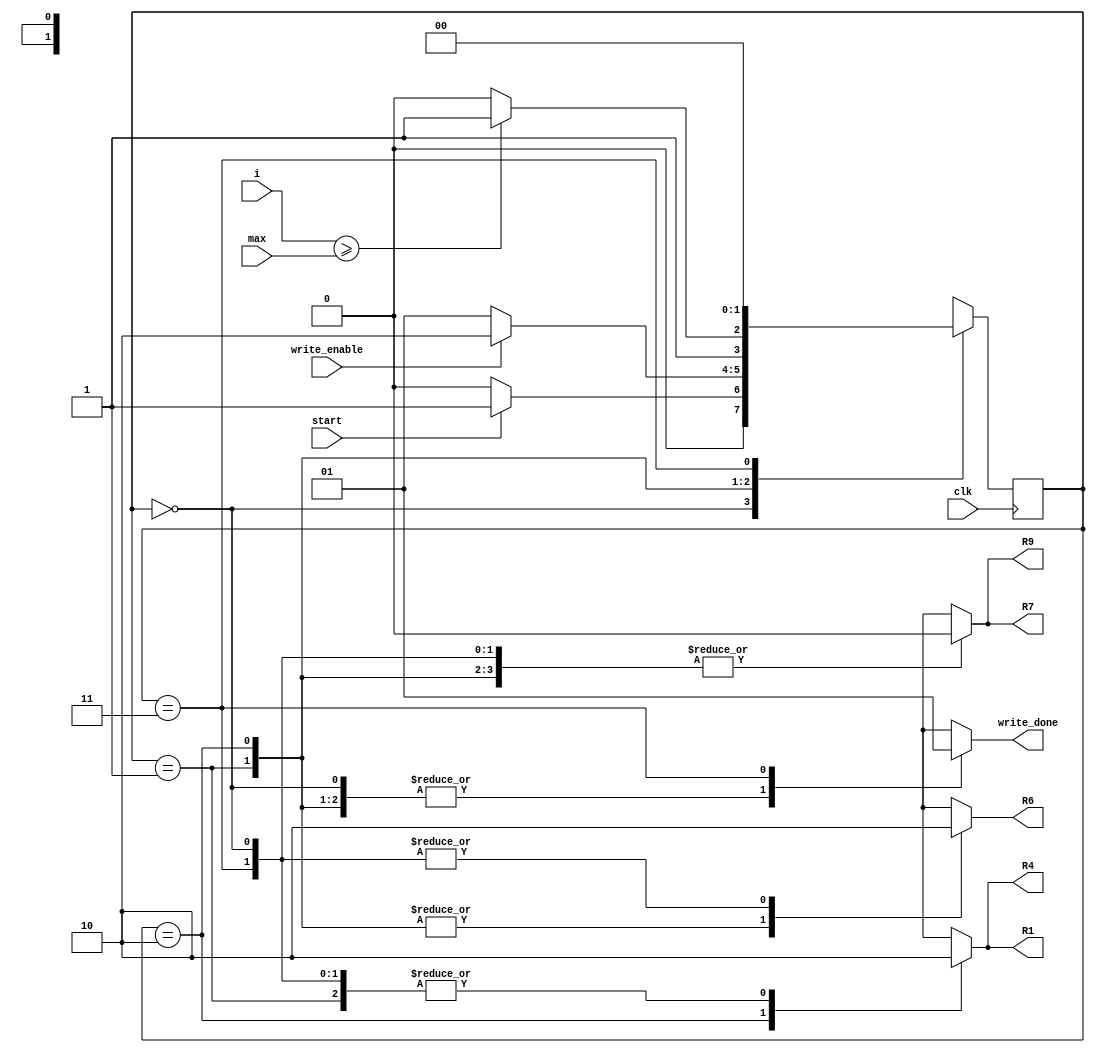
`timescale 1ns / 1ps
//////////////////////////////////////////////////////////////////////////////////
// Company: 
// Engineer: 
// 
// Design Name: 
// Module Name: resetpoly_FSM
// Project Name: 
// Target Devices: 
// Tool Versions: 
// Description: 
// 
// Dependencies: 
// 
// Revision:
// Revision 0.01 - File Created
// Additional Comments:
// 
//////////////////////////////////////////////////////////////////////////////////


module resetpoly_FSM(
    input clk,
    input start,
    input write_enable,
    input [10:0] i, 
    input [10:0]max, 
    output reg R1, R4, R6, R7, R9,
    output reg write_done
    );
    

    parameter Inicio  = 2'b00;
    parameter Inicio2  = 2'b01;
    parameter Op1 =2'b10;
    parameter salida =2'b11;


    reg [1:0] presente = Inicio; // Registro de Estado - Valor inicial
    reg [1:0] futuro;            // Entrada del registro de Estado

    // Registro de estado 
    always @(posedge clk)
        presente <= futuro;

    // Lgica del estado siguiente
    always @(presente,start,i, max, write_enable)
        case (presente)
            Inicio :
                if(start)
                    futuro <= Inicio2;            
                else
                    futuro <= Inicio;
            Inicio2:
                if(write_enable)
                    futuro <= Op1;            
                else
                    futuro <= Inicio2;
            Op1:
                if(i>=max)
                    futuro <= salida;
                else
                    futuro <= Op1;
            salida:
                    futuro <= Inicio;
 
            default:
                futuro <= Inicio;
        endcase
    
    // Lgica de salida
    always @(presente)
        case (presente)
            Inicio : begin
                R1 <= 1'b0;
                R4 <= 1'b0;
                R6 <= 1'b0;
                R7 <= 1'b0;
                R9 <= 1'b0;
                write_done <= 1'b0; 
            end
            Inicio2 : begin
                R1 <= 1'b0;
                R4 <= 1'b0;
                R6 <= 1'b1;
                R7 <= 1'b0;
                R9 <= 1'b0;
                write_done <= 1'b0; 
            end                     
            Op1: begin
                R1 <= 1'b1;
                R4 <= 1'b1;
                R6 <= 1'b1;
                R7 <= 1'b0;
                R9 <= 1'b0;
                write_done <= 1'b0;  
            end
            salida: begin
                R1 <= 1'b0;
                R4 <= 1'b0;
                R6 <= 1'b0;
                R7 <= 1'b0;
                R9 <= 1'b0;
                write_done <= 1'b1;  
            end
            default: begin
                R1 <= 1'b0;
                R4 <= 1'b0;
                R6 <= 1'b0;
                R7 <= 1'b0;
                R9 <= 1'b0;
                write_done <= 1'b0; 
            end
      endcase
endmodule